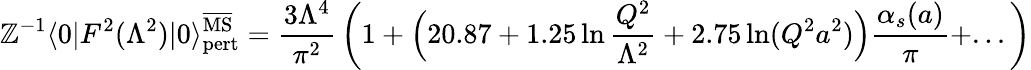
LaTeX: \mathbb{Z}^{-1}\langle0|F^{2}(\Lambda^{2})|0\rangle_{\mathrm{{pert}}}^{\overline{{{\mathrm{{MS}}}}}}={\frac{{3\Lambda^{4}}}{{\pi^{2}}}}\left(1+\Big(20.87+1.25\ln{\frac{{Q^{2}}}{{\Lambda^{2}}}}+2.75\ln(Q^{2}a^{2})\Big){\frac{{\alpha_{s}(a)}}{{\pi}}}+...\right)